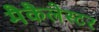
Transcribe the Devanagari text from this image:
मैकैलेस्टर